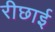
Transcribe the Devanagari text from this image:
रीछाई